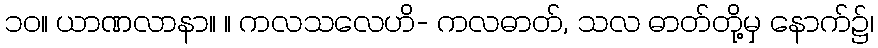
၁၀။ ယာဏလာနာ။ ။ ကလသလေဟိ- ကလဓာတ်, သလ ဓာတ်တို့မှ နောက်၌၊